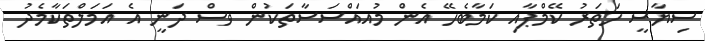
ސިޔާސީ ހަތަރު ކޭމްޕާއި ކަމާބެހޭ އެން މުއައްސަސާތަކުން ވސް ދަނީ އެ އަމަލްތަކާމެދު